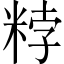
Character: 𥹸